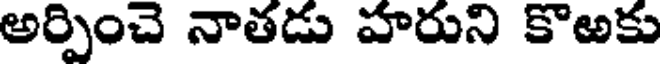
అర్పించె నాతడు హరుని కొఱకు